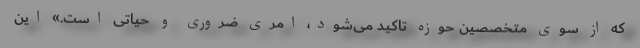
که از سوی متخصصین حوزه تاکید می‌شود، امری ضروری و حیاتی است.» این